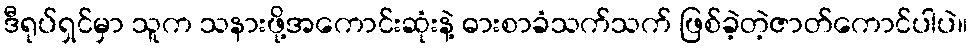
ဒီရုပ်ရှင်မှာ သူက သနားဖို့အကောင်းဆုံးနဲ့ ဓားစာခံသက်သက် ဖြစ်ခဲ့တဲ့ဇာတ်ကောင်ပါပဲ။